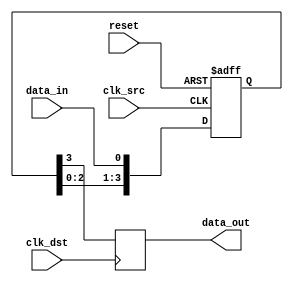
module four_flop_synchronizer (
    input wire clk_src,
    input wire clk_dst,
    input wire reset,
    input wire data_in,
    output reg data_out
);

reg [3:0] sync_reg;

always @(posedge clk_src or posedge reset) begin
    if (reset) begin
        sync_reg <= 4'b0000;
    end else begin
        sync_reg <= {sync_reg[2:0], data_in};
    end
end

always @(posedge clk_dst) begin
    data_out <= sync_reg[3];
end

endmodule